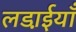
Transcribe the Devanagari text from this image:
लडा़ईयाँ